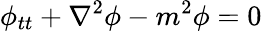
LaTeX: \phi_{tt}+\nabla^{2}\phi-m^{2}\phi=0